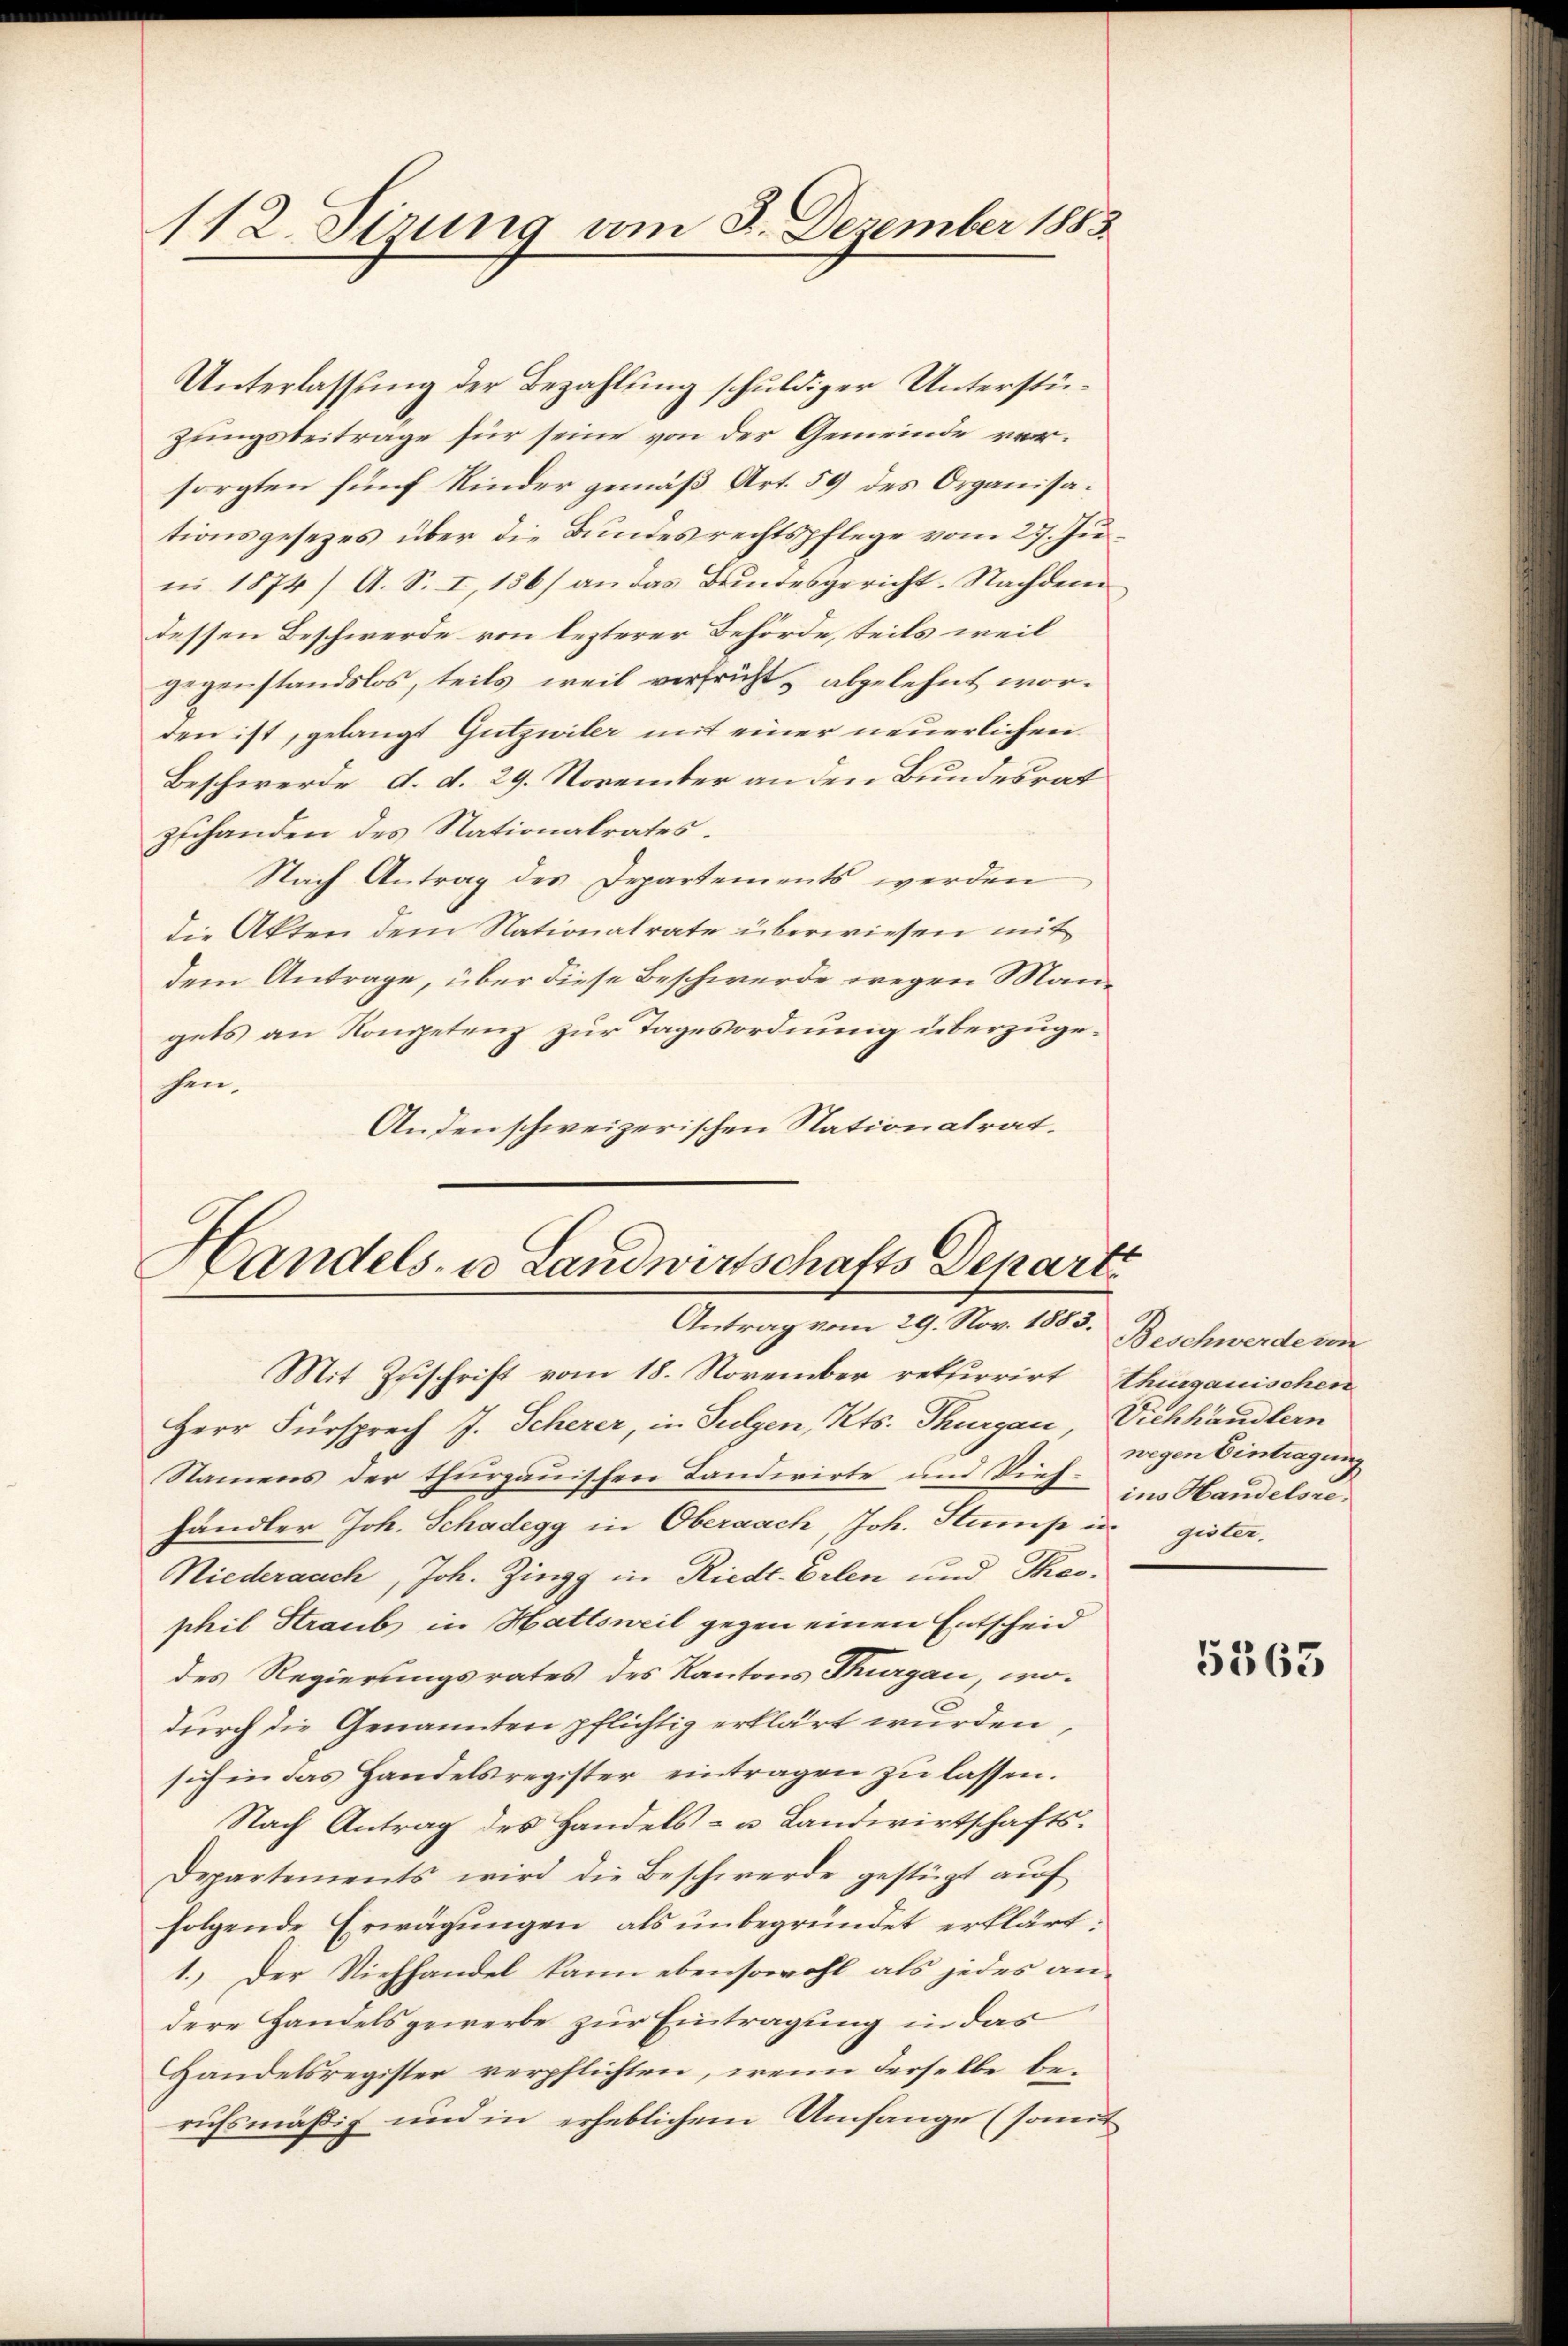
112. Sirung am 3. Dezember 1883.

Unterlassung der Bezahlung schuldiger Unterstüzungsbeiträge für seine von der Gemeinde vorsorgten fünf Kinder gemäß Art. 59 des Organisationsgesetzes über die Bundesrechtspflege vom 27. Juni 1874) A. S. I, 156) an das Bundesgericht. Nachdem
dessen Beschwerde von lezterer Behörde, teils weil
gegenstandslos, teils weil verfrüht, abgelehnt worden ist, gelangt Gutzwiler mit einer neuerlichen
Beschwerde d. d. 29. November an den Bundesrat
zuhanden des Stationalrates.
Nach Antrag des Departements werden
die Akten dem Nationalrate überwiesen mit
dem Antrage, über diese Beschwerde wegen Mangets an Kompetenz zur Tagesordnung überzugehen.
Anden schweizerischen Stationalrat.

Handels- u Landwirtschafts Depart
Antrag vom 29. Nov. 1885. Beschwerde von
Mit Zuschrift vom 18. November rekurrirt, Thurgauischen

Herr Fürsprech J. Scherer, in Sulgen, Kts. Thurgau, Viehhändlern
Namens der thurgauischen Tandwirte und Viehhändler Joh. Schadegg in Obernach, Joh. Stump in gister.
Niederaach, Joh. Zingg in Riedt. Erlen und Theo-
phil Straub in Hattsweil gegen einen Entscheid
des Regierungsrates des Kantons Thurgau, wo-
durch die Genannten pflichtig erklärt wurden,
sich in das Handelsregister eintragen zŭ lassen.
Nach Antrag des Handels- u. Landwirtschafts¬
Departements wird die Beschwerde gestüzt aŭf
folgende Erwägungen, als unbegründet erklärt:
1. Der Viehhandel kann ebensowohl als jedes an-
dere Handelsgewerbe zur Eintragung in das
Handelsregister verpflichten, wenn derselbe berufsmäßig und in erheblichem Umfange (somit

wegen Eintragung
ins Handelsre

5563